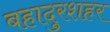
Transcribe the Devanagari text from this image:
बहादुरशहर